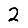
Digit: 2